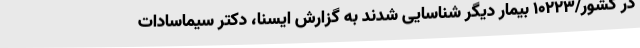
در کشور/10223 بیمار دیگر شناسایی شدند به گزارش ایسنا، دکتر سیماسادات